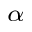
_ { \alpha }